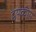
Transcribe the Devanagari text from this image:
द्वयंकीय